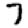
Digit: 7